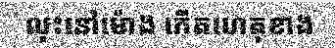
លុះនៅម៉ោង កើតហេតុខាង